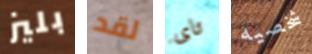
بليز لقد تاى شخصيه